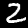
Label: 2